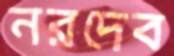
নরদেব